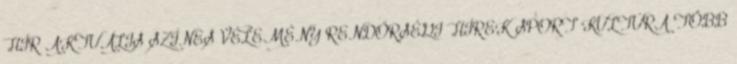
HÍR AKTUÁLIS SZÍNES VÉLEMÉNY RENDŐRSÉGI HÍREK SPORT KULTÚRA TÖBB